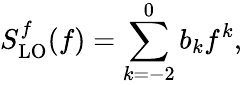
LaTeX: S_{\mathrm{LO}}^{f}(f)=\sum_{k=-2}^{0}b_{k}f^{k},